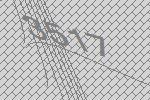
3517